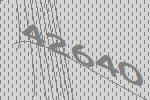
42640